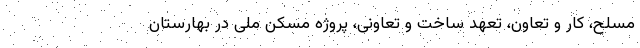
مسلح، کار و تعاون، تعهد ساخت و تعاونی، پروژه مسکن ملی در بهارستان